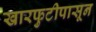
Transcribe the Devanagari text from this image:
खारफुटीपासून